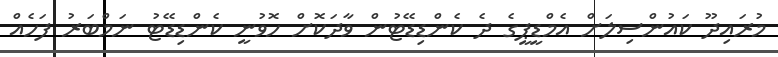
މުރައިދޫ ކައުންސިލަށް އެމްޑީޕީގެ ދެ ކެންޑިޑޭޓުން ވާދަކޮށް ހޮވުނީ ކެންޑިޑޭޓު ނަމްބަރު ފަހެއް